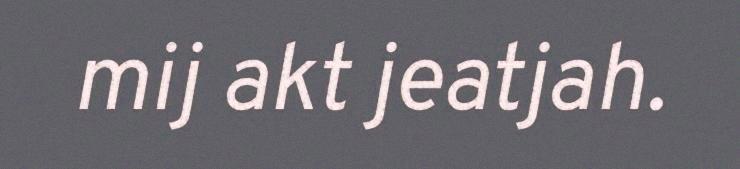
mij akt jeatjah.